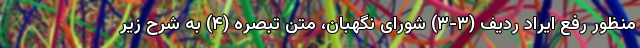
منظور رفع ایراد ردیف (۳-۳) شورای نگهبان، متن تبصره (۴) به شرح زیر